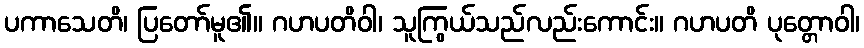
ပကာသေတိ၊ ပြတော်မူ၏။ ဂဟပတိဝါ၊ သူကြွယ်သည်လည်းကောင်း။ ဂဟပတိ ပုတ္တောဝါ၊